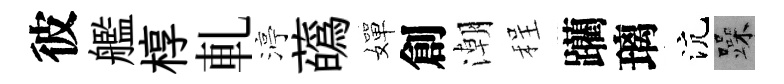
彼艦椁軋渟蘤嬋創潮程躪璃沆躁